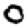
Digit: 0